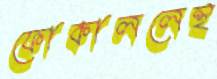
ফোকাললেন্থ